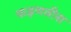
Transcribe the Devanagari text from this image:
फड़णवीस